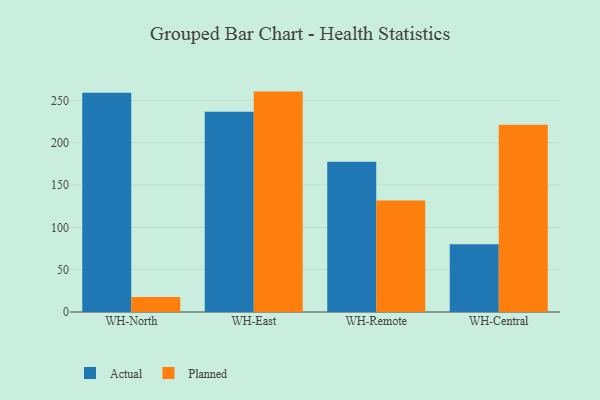
{"axis": {"x": "Warehouse", "y": "Gross Profit (USD K)"}, "legend": ["Actual", "Planned"], "data": [{"x": "WH-North", "y": 259.1, "type": "Actual"}, {"x": "WH-North", "y": 17.8, "type": "Planned"}, {"x": "WH-East", "y": 236.7, "type": "Actual"}, {"x": "WH-East", "y": 260.4, "type": "Planned"}, {"x": "WH-Remote", "y": 177.4, "type": "Actual"}, {"x": "WH-Remote", "y": 131.6, "type": "Planned"}, {"x": "WH-Central", "y": 80.1, "type": "Actual"}, {"x": "WH-Central", "y": 221.1, "type": "Planned"}]}